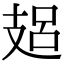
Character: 𢻋